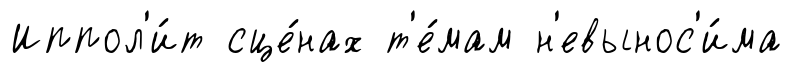
Иппол'и́т сце́нах т'е́мам н'евынос'и́ма